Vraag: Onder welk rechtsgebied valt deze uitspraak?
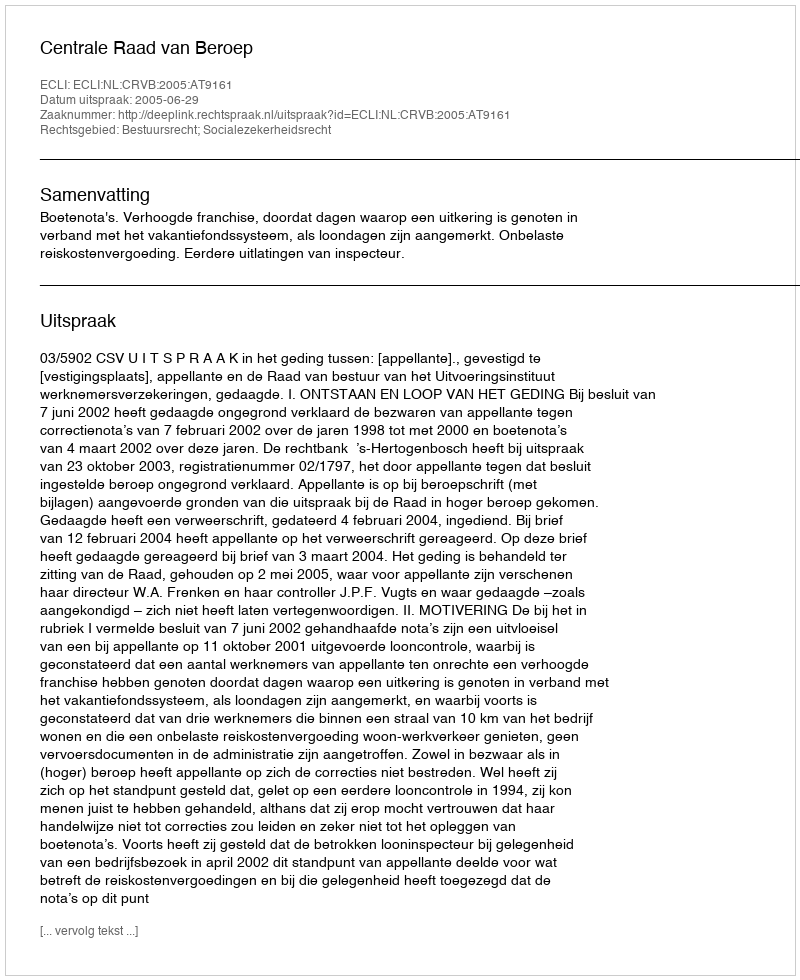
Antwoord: Bestuursrecht; Socialezekerheidsrecht